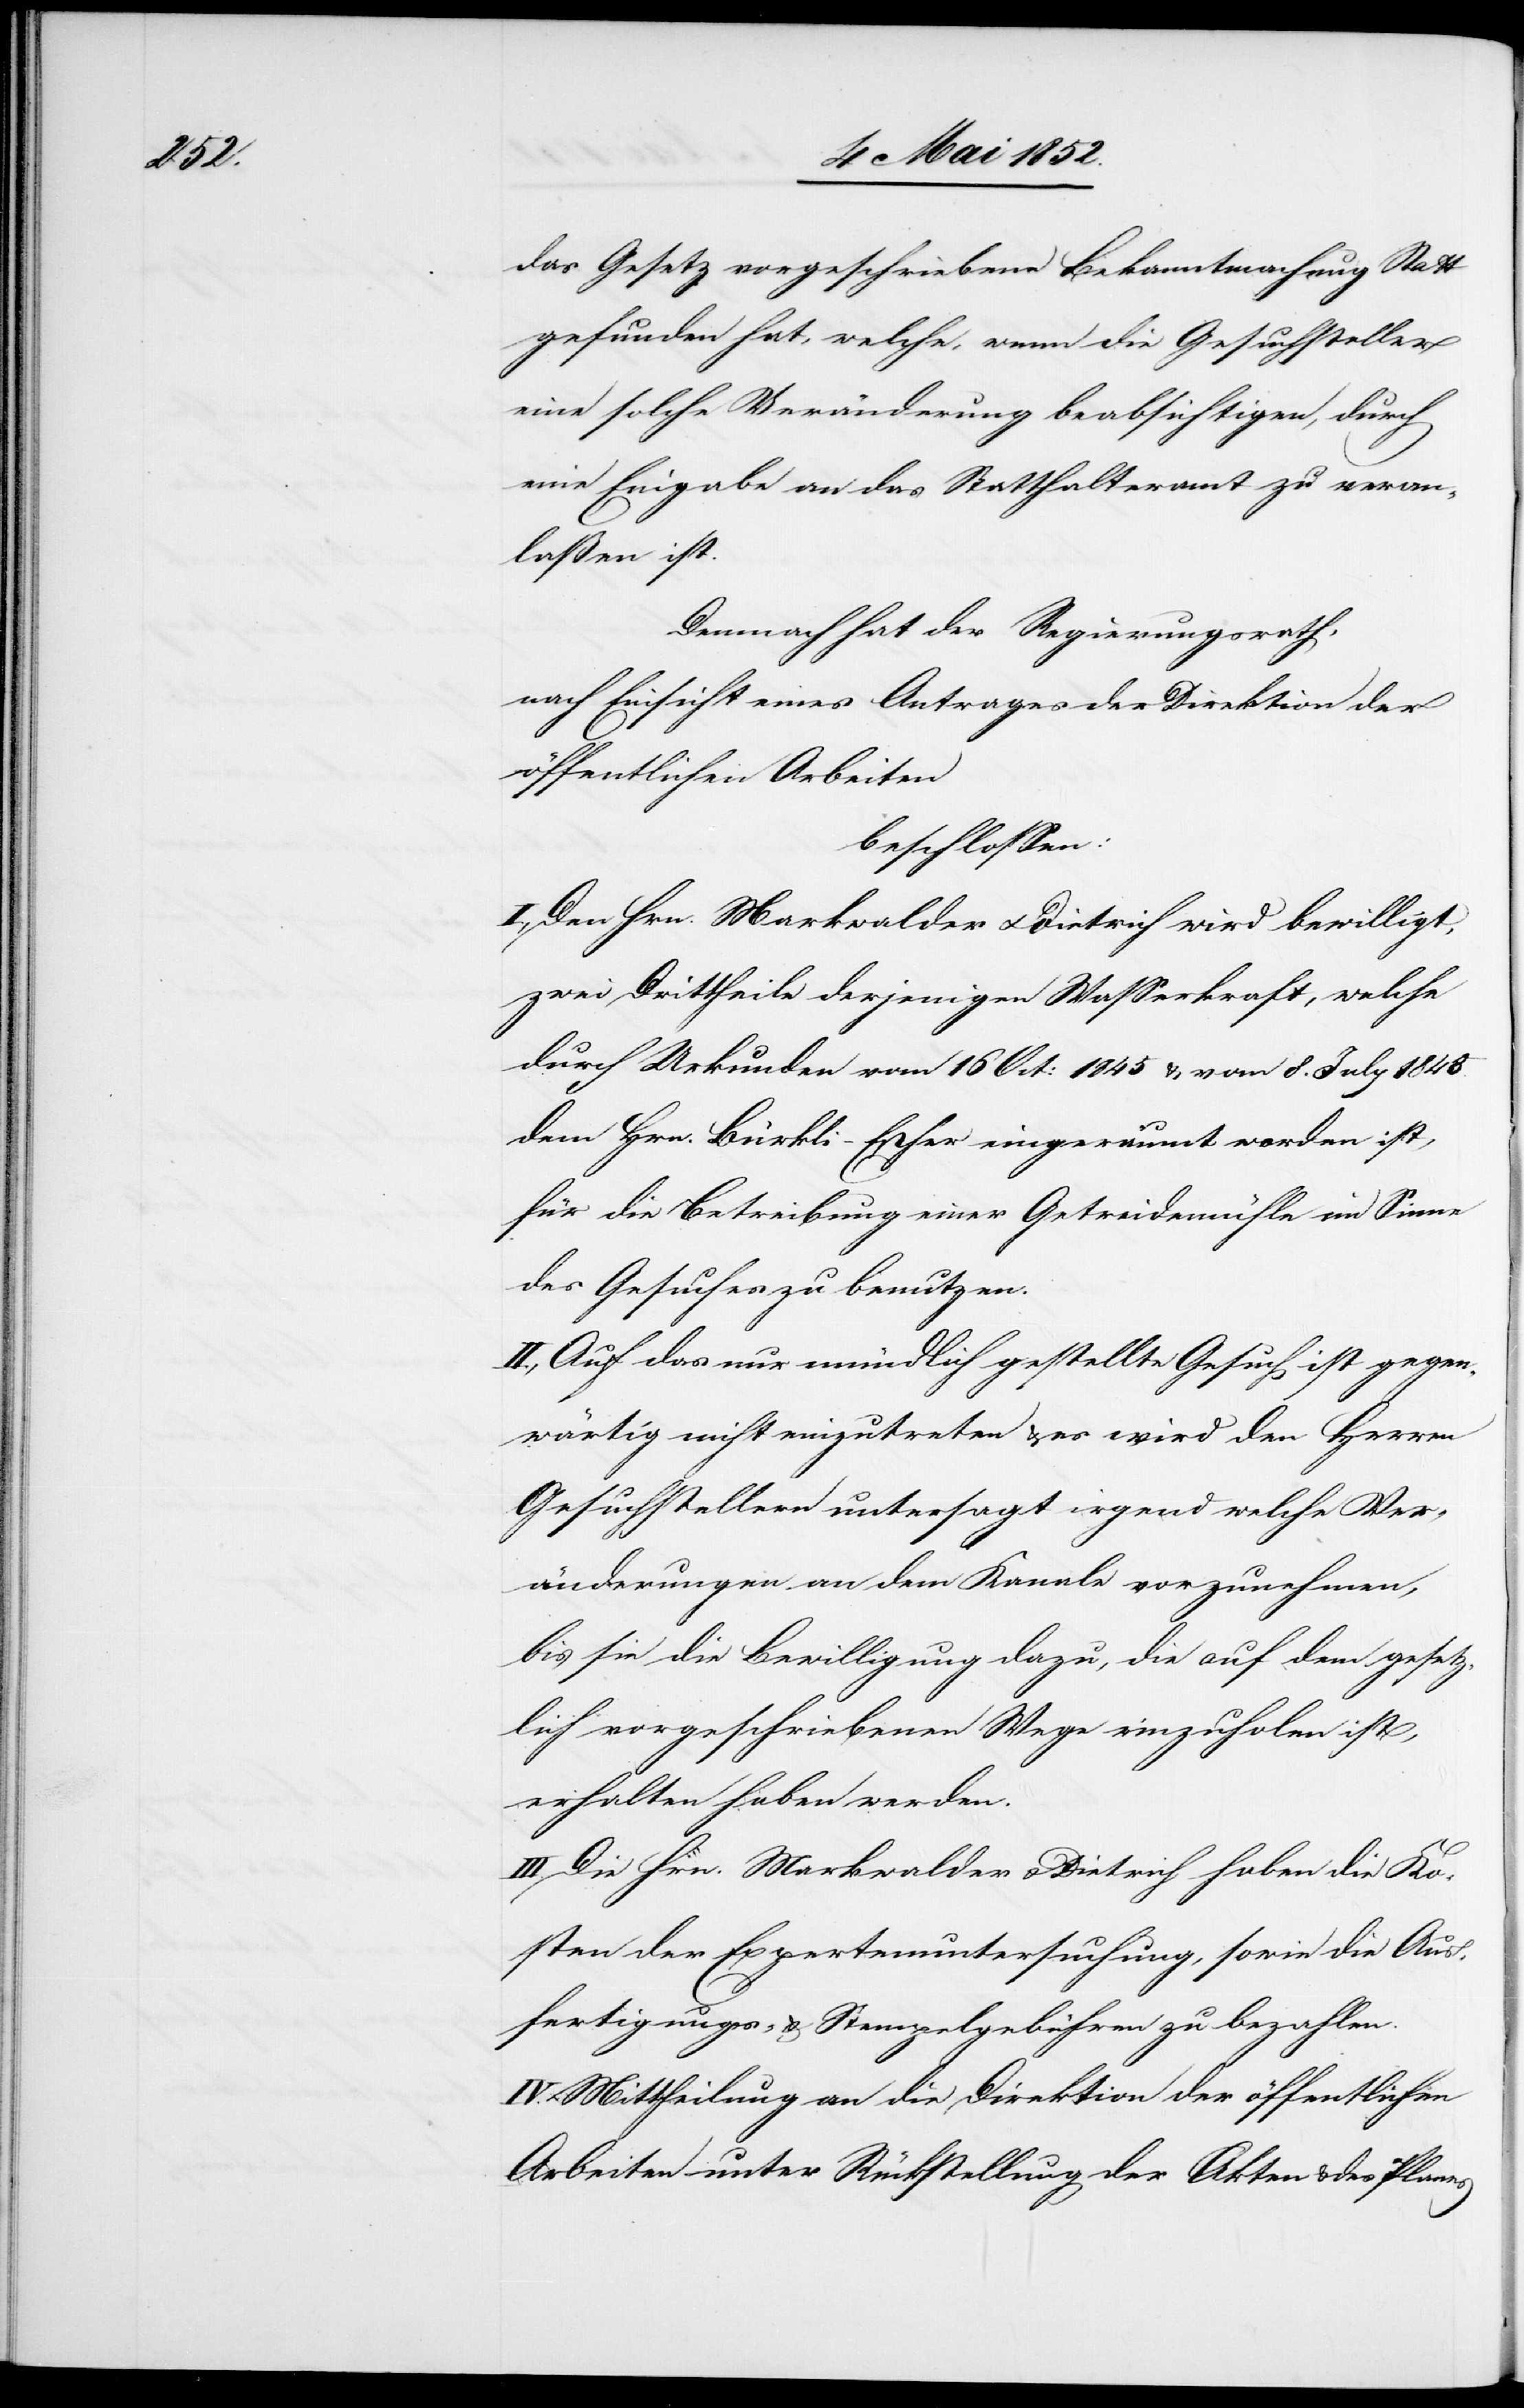
das Gesetz vorgeschriebene Bekanntmachung Statt
gefunden hat, welche, wenn die Gesuchsteller
eine solche Veränderung beabsichtigen, durch
eine Eingabe an das Statthalteramt zu veran¬
laßen ist.
Demnach hat der Regierungsrath,
nach Einsicht eines Antrages der Direktion der
öffentlichen Arbeiten
beschlossen:
I., Den Hrn. Markwalder & Dietrich wird bewilligt,
zwei Drittheile derjenigen Wasserkraft, welche
durch Urkunden vom 16 Oct: 1845 & vom 8. July 1848.
dem Hrn. Bürkli-Escher eingeräumt worden ist,
für die Betreibung einer Getreidemühle im Sinne
des Gesuches zu benutzen.
II., Auf das nur mündlich gestellte Gesuch ist gegen¬
wärtig nicht einzutreten & es wird den Herren
Gesuchstellern untersagt irgend welche Ver¬
änderungen an dem Kanale vorzunehmen,
bis sie die Bewilligung dazu, die auf dem gesetz¬
lich vorgeschriebenen Wege einzuholen ist,
erhalten haben werden.
III. Die Hrn. Markwalder & Dietrich haben die Ko¬
sten der Expertenuntersuchung, sowie die Aus¬
fertigungs- & Stempelgebühren zu bezahlen.
IV. Mittheilung an die Direktion der öffentlichen
Arbeiten unter Rückstellung der Akten & des Planes